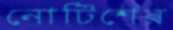
নোটিশের